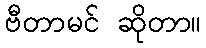
ဗီတာမင် ဆိုတာ။